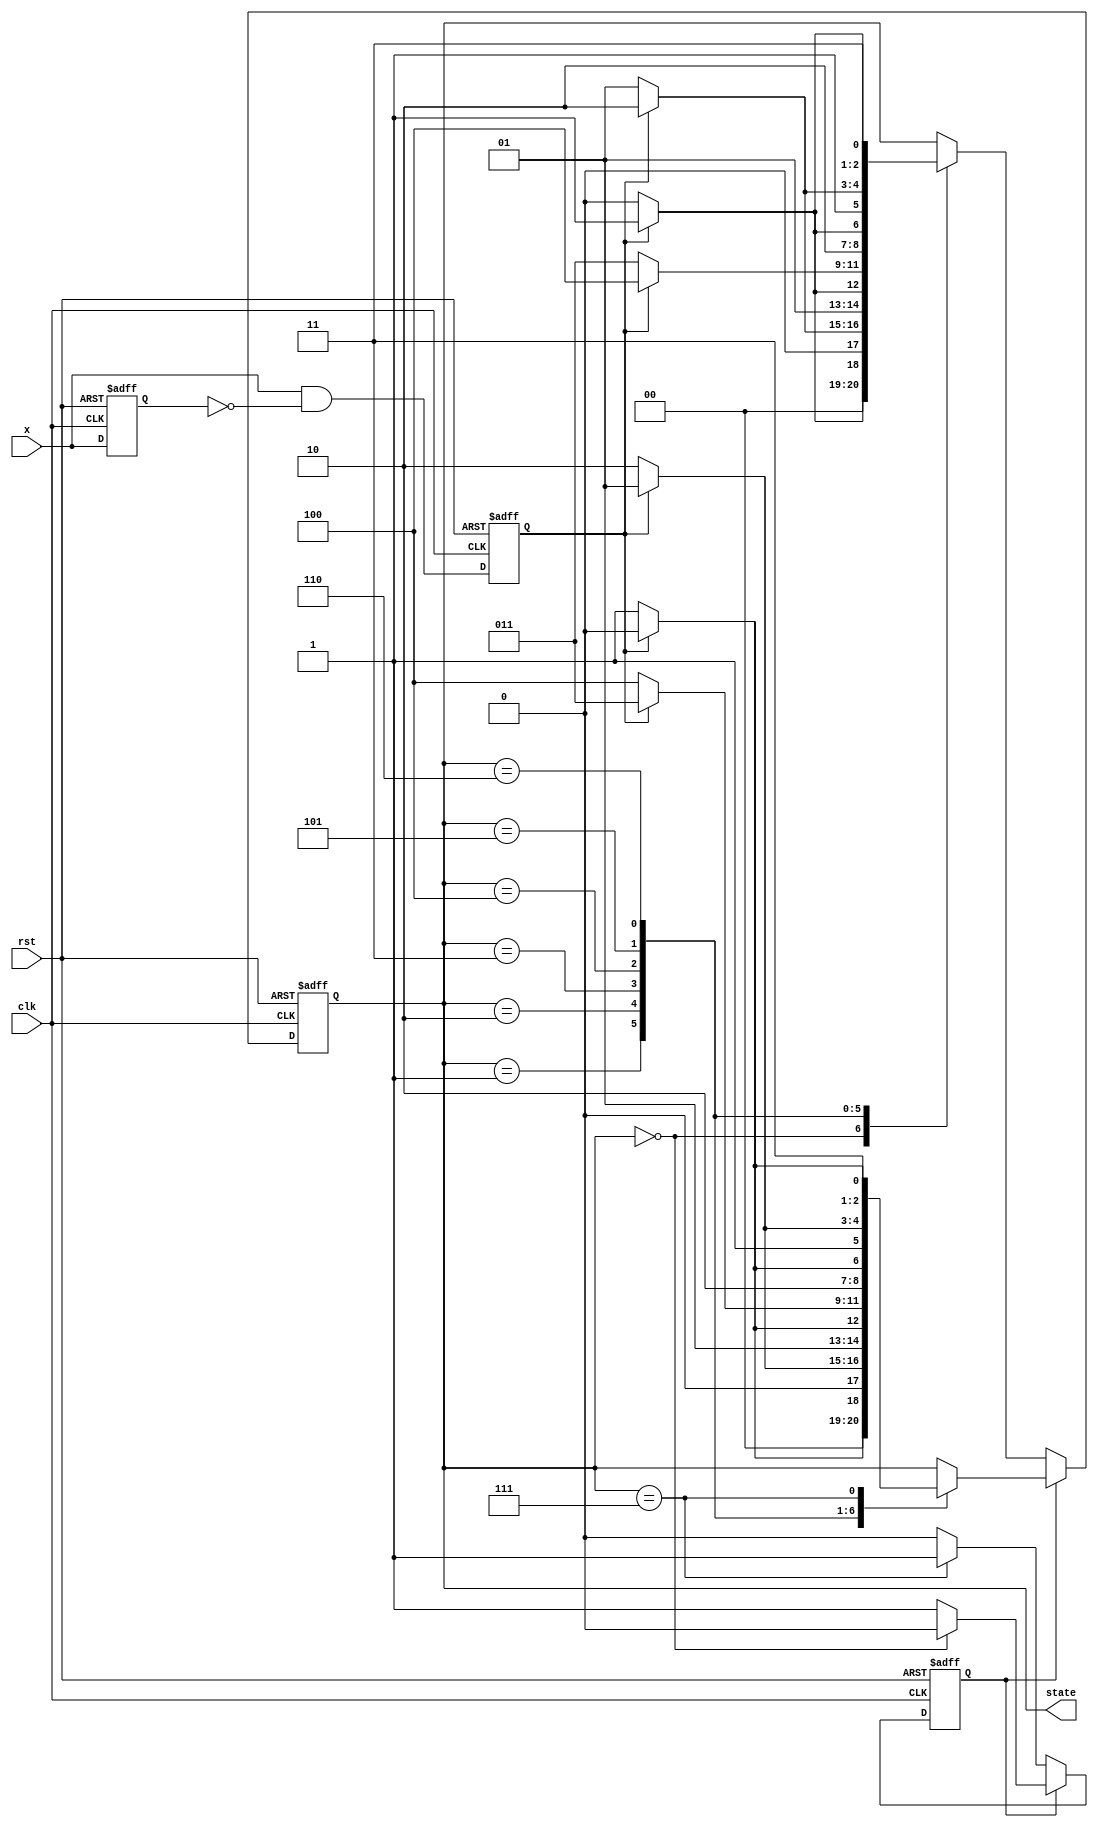
`timescale 1ns / 1ps
module counter3 (
input clk,rst,x, 
output reg [2:0] state);

reg y;
reg x_reg,x_trig;

always @(negedge rst or posedge clk) begin
    if(!rst) begin
        {x_reg,x_trig} <=2'b00;
    end
    else begin
        x_reg <= x;
        x_trig <=x & ~x_reg;
    end
end

always @(negedge rst or posedge clk) begin
    if(!rst) begin state <= 2'b00;
    y <=1'b0;
    end
    else if (y == 1'b0) begin
        case(state)
            3'b000 : state <= x_trig ? 3'b001 : 3'b000;
            3'b001 : state <= x_trig ? 3'b010 : 3'b001;
            3'b010 : state <= x_trig ? 3'b011 : 3'b010;
            3'b011 : state <= x_trig ? 3'b100 : 3'b011;
            3'b100 : state <= x_trig ? 3'b101 : 3'b100;
            3'b101 : state <= x_trig ? 3'b110 : 3'b101;
            3'b110 : state <= x_trig ? 3'b111 : 3'b110;
            3'b111 : y <= 1'b1;
       endcase
       end
    else if (y == 1'b1) begin
    case(state)
            3'b000 : y <= 1'b0;
            3'b001 : state <= x_trig ? 3'b000 : 3'b001;
            3'b010 : state <= x_trig ? 3'b001 : 3'b010;
            3'b011 : state <= x_trig ? 3'b010 : 3'b011;
            3'b100 : state <= x_trig ? 3'b011 : 3'b100;
            3'b101 : state <= x_trig ? 3'b100 : 3'b101;
            3'b110 : state <= x_trig ? 3'b101 : 3'b110;
            3'b111 : state <= x_trig ? 3'b110 : 3'b111;
       endcase
       end
 end   

endmodule